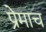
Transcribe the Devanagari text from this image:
प्रेमाच